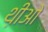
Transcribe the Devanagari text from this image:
थ़ीओ